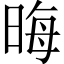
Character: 晦